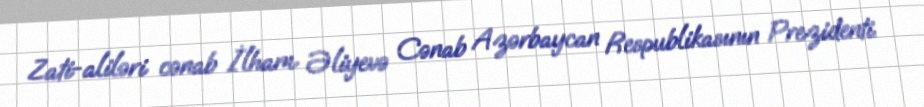
Zati-aliləri cənab İlham Əliyevə Cənab Azərbaycan Respublikasının Prezidenti.